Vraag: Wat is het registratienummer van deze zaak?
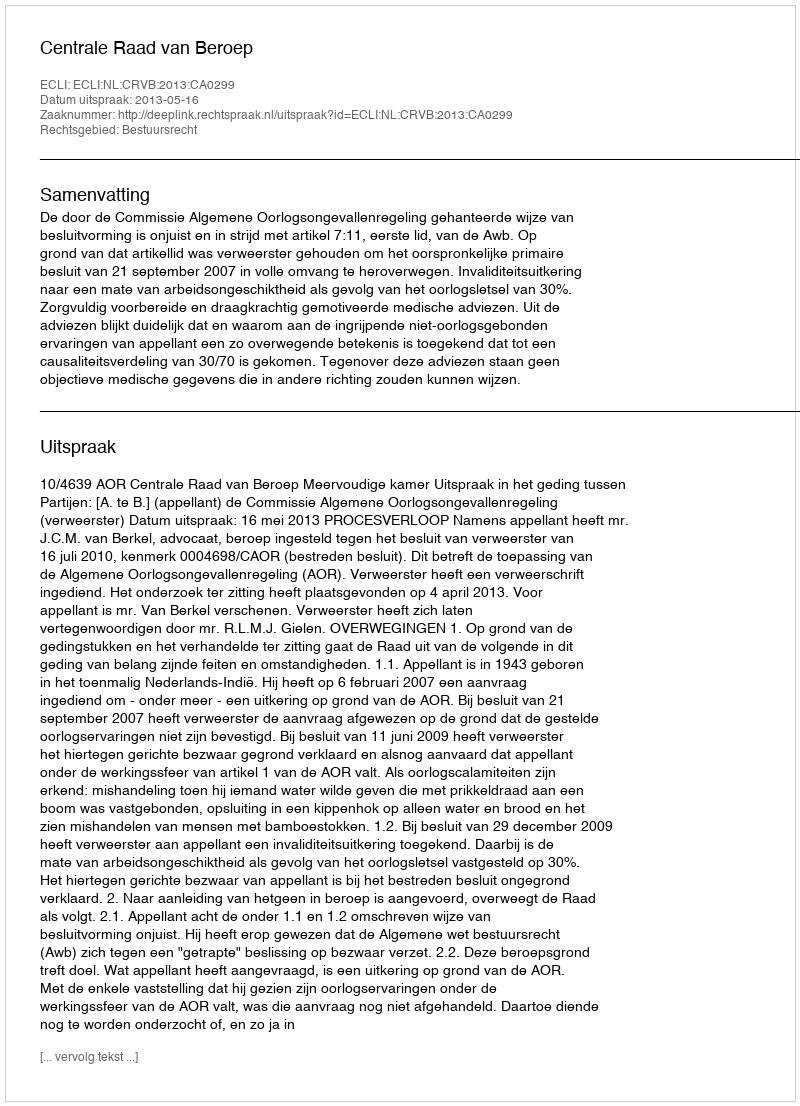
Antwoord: http://deeplink.rechtspraak.nl/uitspraak?id=ECLI:NL:CRVB:2013:CA0299